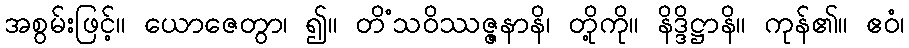
အစွမ်းဖြင့်။ ယောဇေတွာ၊ ၍။ တိံသဝိဿဇ္ဇနာနိ၊ တို့ကို။ နိဒ္ဒိဋ္ဌာနိ။ ကုန်၏။ ဧဝံ၊